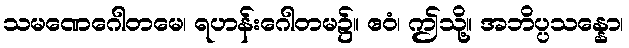
သမဏေဂေါတမေ၊ ရဟန်းဂေါတမ၌။ ဧဝံ၊ ဤသို့။ အဘိပ္ပသန္နော၊